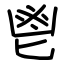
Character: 鬯